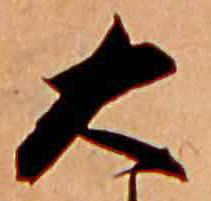
大